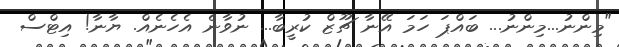
"މިންނު...މިންނު... ބައްޕަ ހަމަ އޭނާ ޗޫޒް ކުރީބާ... ނުވާނެ އެހެނެއް. ޔާނާ! އިޓްސް